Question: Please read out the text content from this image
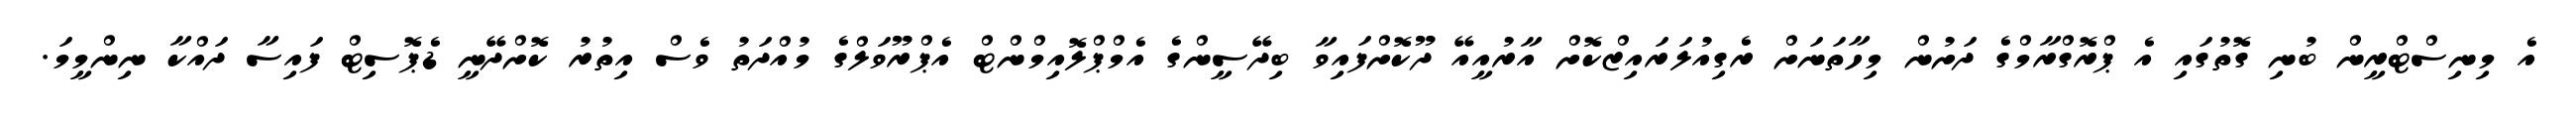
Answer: އެ މިނިސްޓްރީން ބުނި ގޮތުގައި އެ ޕްރޮގްރާމްގެ ދަށުން މިހާތަނަށް ރެގިއުލަރައިޒްކޮށް އާރުއީއޭ ދޫކޮށްފައިވާ ބިދޭސީންގެ އެމްޕްލޮއިމްންޓް އެޕްރޫވަލްގެ މުއްދަތު ވެސް އިތުރު ކޮށްދޭނީ ޑެޕޮސިޓް ފައިސާ ދައްކާ ނިންމީމަ.